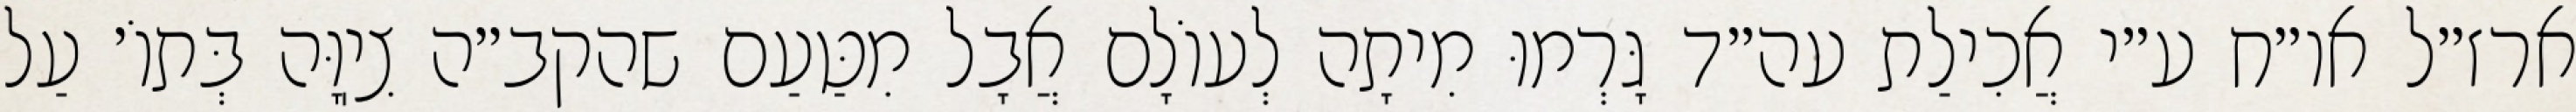
ארז״ל או״ח ע״י אֲכִילַת עה״ד גָּרְמוּ מִיתָה לְעוֹלָם אֲבָל מִטַּעַם שהקב״ה צִיֽוָּה בְּתוֹ׳ עַל